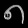
Digit: ၈